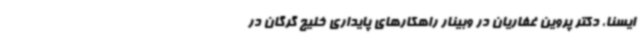
ایسنا، دکتر پروین غفاریان در وبینار راهکارهای پایداری خلیج گرگان در